Leaving Certificate Examination (including Day School Certificate (Higher) General paper), 1932
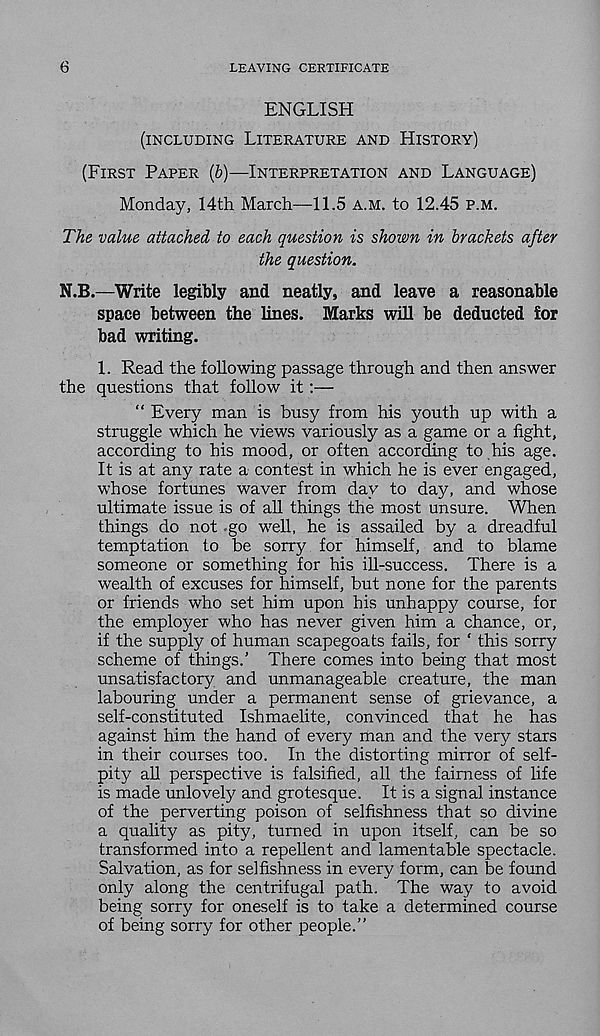
6
LEAVING CERTIFICATE
ENGLISH
(INCLUDING LITERATURE AND HISTORY)
(FIRST PAPER (b)—INTERPRETATION AND LANGUAGE)
Monday, 14th March—11.5 A.M. to 12.45 P.M.
The value attached to each question is shown in brackets after
the question.
N.B.—Write legibly and neatly, and leave a reasonable
space between the lines. Marks will be deducted for
bad writing.
1. Read the following passage through and then answer
the questions that follow it:—
“ Every man is busy from his youth up with a
struggle which he views variously as a game or a fight,
according to his mood, or often according to his age.
It is at any rate a contest in which he is ever engaged,
whose fortunes waver from day to day, and whose
ultimate issue is of all things the most unsure. When
things do not go well, he is assailed by a dreadful
temptation to be sorry for himself, and to blame
someone or something for his ill-success. There is a
wealth of excuses for himself, but none for the parents
or friends who set him upon his unhappy course, for
the employer who has never given him a chance, or,
if the supply of human scapegoats fails, for ‘ this sorry
scheme of things.’ There comes into being that most
unsatisfactory and unmanageable creature, the man
labouring under a permanent sense of grievance, a
self-constituted Ishmaelite, convinced that he has
against him the hand of every man and the very stars
in their courses too. In the distorting mirror of self-
pity all perspective is falsified, all the fairness of life
is made unlovely and grotesque. It is a signal instance
of the perverting poison of selfishness that so divine
a quality as pity, turned in upon itself, can be so
transformed into a repellent and lamentable spectacle.
Salvation, as for selfishness in every form, can be found
only along the centrifugal path. The way to avoid
being sorry for oneself is to take a determined course
of being sorry for other people.”